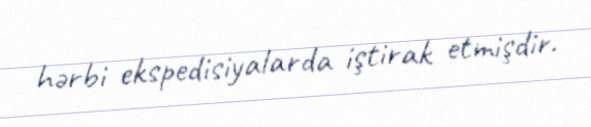
hərbi ekspedisiyalarda iştirak etmişdir.